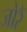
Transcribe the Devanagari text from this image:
जोरैं